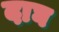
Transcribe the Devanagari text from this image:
दाघ